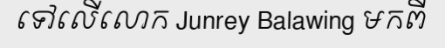
ទៅលើលោក Junrey Balawing មកពី